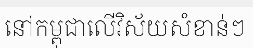
នៅកម្ពុជាលើវិស័យសំខាន់ៗ